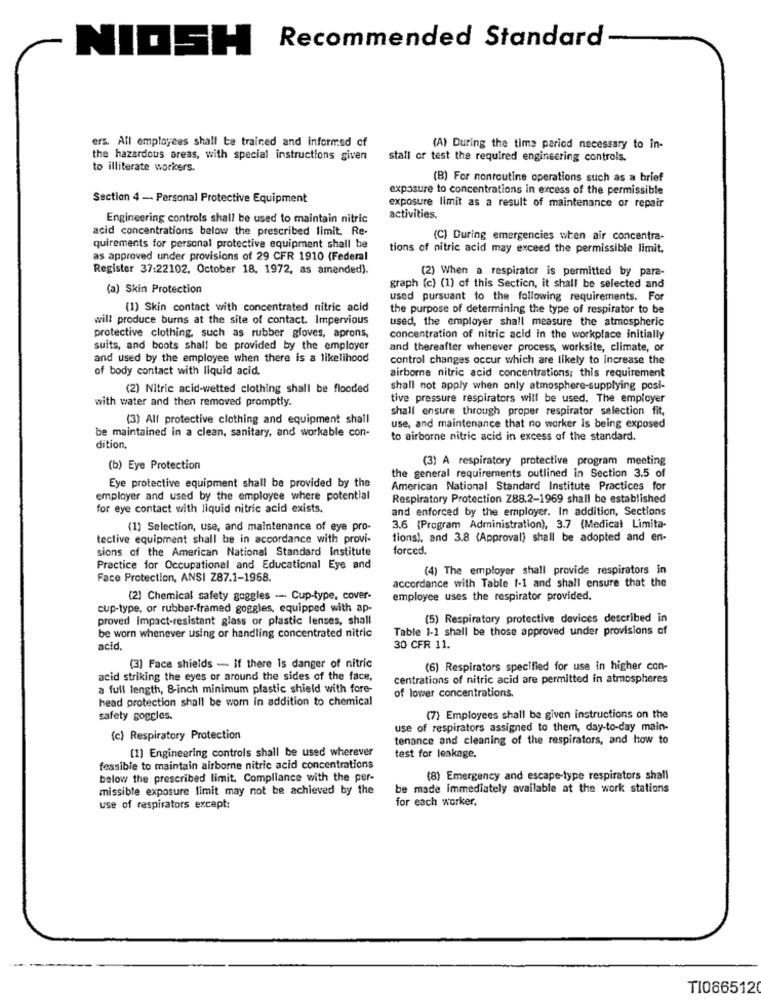
NIOSH
Recommended Standard
ers. All employees shall be trained and informed of
(A) During the time period necessary to in-
the hazardous areas, with special instructions given
stall or test the required engineering controls.
to illiterate workers.
(B) For nonroutine operations such as a brief
exposure to concentrations in excess of the permissible
Section 4 -- Personal Protective Equipment
exposure limit as a result of maintenance or repair
Engineering controls shall be used to maintain nitric
activities.
acid concentrations below the prescribed limit. Re-
(C) During emergencies when air concentra-
quirements for personal protective equipment shall be
tions of nitric acid may exceed the permissible limit.
as approved under provisions of 29 CFR 1910 (Federal
Register 37:22102, October 18, 1972, as amended).
(2) When a respirator is permitted by para-
(a) Skin Protection
graph (c) (1) of this Section, it shall be selected and
used pursuant to the following requirements. For
(1) Skin contact with concentrated nitric acid
the purpose of determining the type of respirator to be
will produce burns at the site of contact. Impervious
used, the employer shall measure the atmospheric
protective clothing, such as rubber gloves, aprons,
concentration of nitric acid in the workplace initially
suits, and boots shall be provided by the employer
and thereafter whenever process, worksite, climate, or
and used by the employee when there is a likelihood
control changes occur which are likely to increase the
of body contact with liquid acid,
airborne nitric acid concentrations; this requirement
(2) Nitric acid-wetted clothing shall be flooded
shall not apply when only atmosphere-supplying posi-
with water and then removed promptly.
tive pressure respirators will be used. The employer
shall ensure through proper respirator selection fit,
(3) All protective clothing and equipment shall
be maintained in a clean, sanitary, and workable con-
use, and maintenance that no worker is being exposed
to airborne nitric acid in excess of the standard.
dition,
(3) A respiratory protective program meeting
(b) Eye Protection
the general requirements outlined in Section 3.5 of
Eye protective equipment shall be provided by the
American National Standard Institute Practices for
employer and used by the employee where potential
Respiratory Protection Z88.2-1969 shall be established
for eye contact with liquid nitric acid exists.
and enforced by the employer. In addition, Sections
(1) Selection, use, and maintenance of eye pro-
3.6 (Program Administration), 3.7 (Medical Limita-
tective equipment shall be in accordance with provi-
tions), and 3.8 (Approval) shall be adopted and en-
sions of the American National Standard Institute
forced.
Practice for Occupational and Educational Eye and
(4) The employer shall provide respirators in
Face Protection, ANSI Z87.1-1968.
accordance with Table 1-1 and shall ensure that the
(2) Chemical safety goggles - Cup-type, cover-
employee uses the respirator provided.
cup-type. or rubber-framed goggles, equipped with ap-
proved impact-resistant glass or plastic lenses, shall
(5) Respiratory protective devices described in
be worn whenever using or handling concentrated nitric
Table 1-1 shall be those approved under provisions of
acid
30 CFR 11.
(3) Face shields - if there Is danger of nitric
(6) Respirators specified for use in higher con-
acid striking the eyes or around the sides of the face,
centrations of nitric acid are permitted in atmospheres
a full length, 8-inch minimum plastic shield with fore-
of lower concentrations.
head protection shall be worn in addition to chemical
safety goggles.
(7) Employees shall be given instructions on the
use of respirators assigned to them, day-to-day main-
(c) Respiratory Protection
tenance and cleaning of the respirators, and how to
(1) Engineering controls shall be used wherever
test for leakage.
fessible to maintain airborne nitric acid concentrations
below the prescribed limit. Compliance with the per-
(8) Emergency and escape-type respirators shall
missible exposure limit may not be achieved by the
be made immediately available at the work stations
for each worker.
use of respirators except:
TI0665120